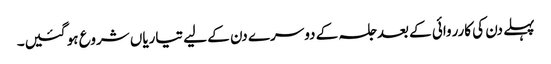
پہلے دن کی کارروائی کے بعد جلسہ کے دوسرے دن کے لیے تیاریاں شروع ہو گئیں۔